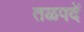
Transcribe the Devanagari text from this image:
तळपदें